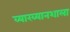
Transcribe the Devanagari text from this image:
व्याख्यानशाला